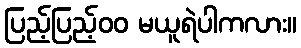
ပြည့်ပြည့်၀၀ မယူရဲပါကလား။